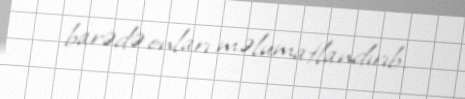
barədə onları məlumatlandırıb.